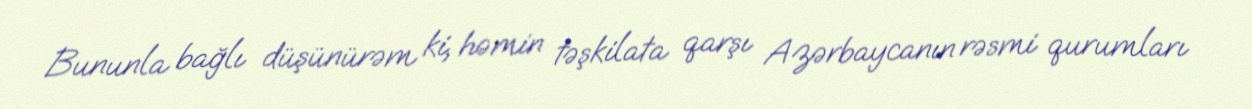
Bununla bağlı düşünürəm ki, həmin təşkilata qarşı Azərbaycanın rəsmi qurumları